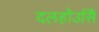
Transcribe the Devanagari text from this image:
दलहॉउसिे